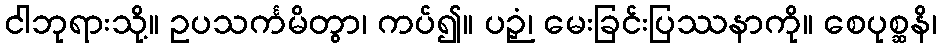
ငါဘုရားသို့။ ဥပသင်္ကမိတွာ၊ ကပ်၍။ ပဉှံ၊ မေးခြင်းပြဿနာကို။ စေပုစ္ဆနိ၊